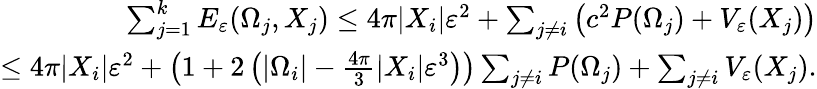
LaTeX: \begin{array}{r}{\sum_{j=1}^{k}E_{\varepsilon}(\Omega_{j},X_{j})\leq 4\pi|X_{i}|\varepsilon^{2}+\sum_{j\neq i}\left(c^{2}P(\Omega_{j})+V_{\varepsilon}(X_{j})\right)}\\ {\leq 4\pi|X_{i}|\varepsilon^{2}+\left(1+2\left(|\Omega_{i}|-\frac{4\pi}{3}|X_{i}|\varepsilon^{3}\right)\right)\sum_{j\neq i}P(\Omega_{j})+\sum_{j\neq i}V_{\varepsilon}(X_{j}).}\end{array}